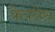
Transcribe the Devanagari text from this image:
केयनेस